King Institute of Preventive Medicine Bacteriolog. Section reports 1907-08
Year: 1907
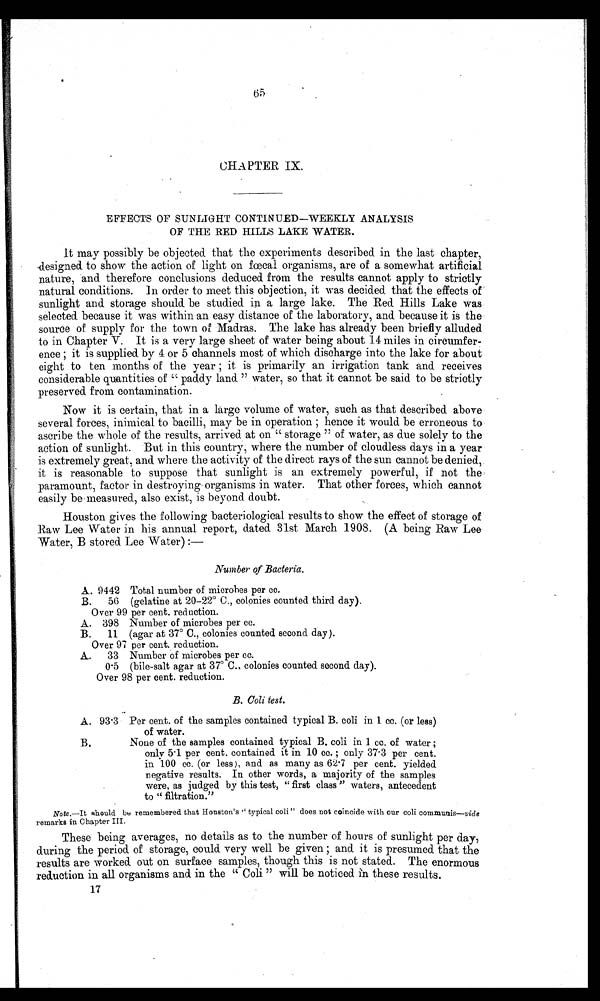
65
CHAPTER IX.
EFFECTS OF SUNLIGHT CONTINUED—WEEKLY ANALYSIS
OF THE RED HILLS LAKE WATER.
It may possibly be objected. that the experiments described in the last chapter,
designed to show the action of light on fcal organisms, are of a somewhat artificial
nature, and therefore conclusions deduced from the results cannot apply to strictly
natural conditions. in order to meet this objection, it was decided that the effects of
sunlight and. storage should. be studied in a large lake. The Red Hills Lake was
selected. because it was within an easy distance of the laboratory, and because it is the
source of supply for the town of Madras. The lake has already been briefly alluded
to in Chapter V. It is a very large sheet of water being about 14 miles in circumfer
ence ; it is supplied. by 4 or 5 channels most of which discharge into the lake for about
eight to ten months of the year ; it is primarily an irrigation tank and receives
considerable quantities of " paddy land. " water, so that it cannot be said to be strictly
preserved. from contamination.
Now it is certain, that in a large volume of water, such as that described above
several forces, inimical to bacilli, may be in operation ; hence it would be erroneous to
ascribe the whole of the results, arrived at on " storage " of water, as due solely to the
action of sunlight. But in this country, where the number of cloudless days in a year
is extremely great, and where the activity of the direct rays of the sun cannot be denied,
it is reasonable to suppose that sunlight is an extremely powerful, if not the
paramount, factor in destroying organisms in water. That other forces, which cannot
easily be measured, also exist, is beyond doubt.
Houston gives the following bacteriological results to show the effect of storage of
Raw Lee Water in his annual report, dated. 31st March 1908. (A being Raw Lee
Water, B stored Lee Water) :-
Number of Bacteria,
A. 9442 Total number of microbes per cc.
B.
5(3 (gelatine at 20-22° C., colonies counted third day).
Over 99 per cent. reduction.
A. 398 Number of microbes per cc.
B.
11 (agar at 37° C., colonies counted second. day).
Over 97 per cent. reduction.
A..
33 Number of microbes per cc.
0 . 5 (bile-salt agar at 37° C., colonies counted second clay).
Over 98 per cent. reduction.
B. Coli test.
A. 93 .3 Per cent. of the samples contained typical B. coli in 1 cc. (or less)
of water.
B.
None of the samples contained typical B. coli in 1 cc. of water ;
only 5 . 1 per cent. contained it in 10 cc. ; only 37 . 3 per cent.
in 100 cc. (or less), and as many as 62 . 7 per cent. yielded
negative results. In other words, a majority of the samples
were, as judged by this test, " first class " waters, antecedent
to " filtration. "
Note.—It should be remembered that Houston's " typical coli" does not coincide with our coli communis—vide
remarks in Chapter III.
These being averages, no details as to the number of hours of sunlight per day,
during the period of storage, could very well be given ; and it is presumed that the
results are worked. out on surface samples, though this is not stated. The enormous
reduction in all organisms and in the " Coli " will be noticed in these results.
17